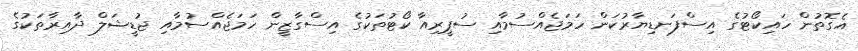
އެގޮތުން ހައިކޯޓުގެ އިސްފަނޑިޔާރުކަން ހަމަޖެއްސުމާއި ސުޕީރިއާ ކޯޓުތަކުގެ އިސްގާޒީން ހަމަޖެއްސުމާއި ޖުޑީޝަލް ދާއިރާތަކުގެ